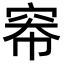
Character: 𪩶